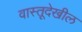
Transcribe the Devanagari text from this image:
वास्तूदेखील